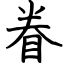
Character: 眷